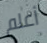
أعلم